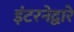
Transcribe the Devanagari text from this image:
इंटरनेद्वारे